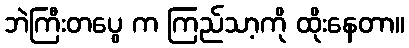
ဘဲကြီးတပွေ က ကြည်သာ့ကို ထိုးနေတာ။